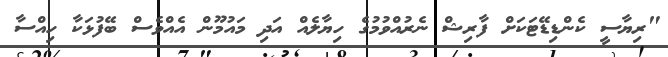
"ރިޔާސީ ކެންޑިޑޭޓަކަށް ފާރިޝް ނެރުއްވުމުގެ ހިޔާލެއް އަދި މައުމޫން އެއްވެސް ބޭފުޅަކާ ހިއްސާ